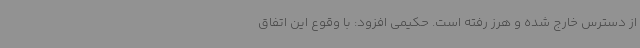
از دسترس خارج شده و هرز رفته است. حکیمی افزود: با وقوع این اتفاق